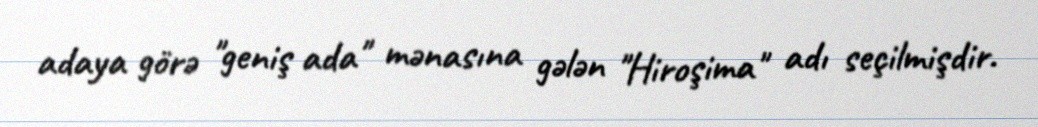
adaya görə "geniş ada" mənasına gələn "Hiroşima" adı seçilmişdir.